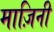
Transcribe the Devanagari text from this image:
माज़िनी